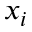
x _ { i }